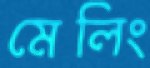
মেলিং